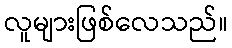
လူများဖြစ်လေသည်။